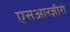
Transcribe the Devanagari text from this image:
एसआरज़ीरो